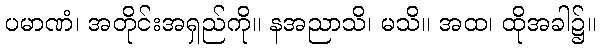
ပမာဏံ၊ အတိုင်းအရှည်ကို။ နအညာသိ၊ မသိ။ အထ၊ ထိုအခါ၌။